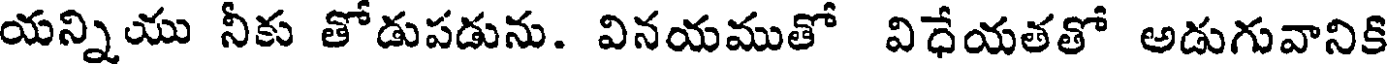
యన్నియు నీకు తోడుపడును. వినయముతో విధేయతతో అడుగువానికి